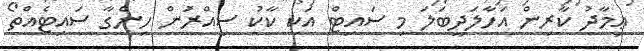
ޢިމާދު ކާރިން އަހާލަދީބަލަ މި ސައިޓް އަކީ ކާކު ސިއްރުަން ހިންގާ ސައިޓެއްތޯ